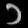
Digit: ၁